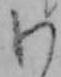
わ